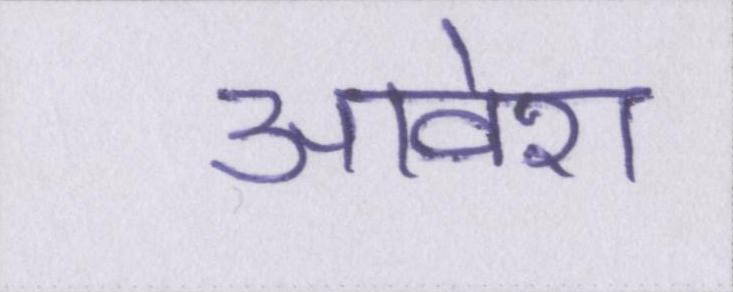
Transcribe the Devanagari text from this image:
आवेश